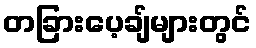
တခြားပေ့ချ်များတွင်